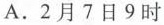
A.2月7日9时